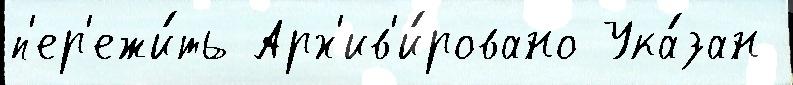
п'ер'ежи́ть Арх'ив'и́ровано Ука́зан